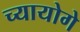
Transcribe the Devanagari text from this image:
च्यायोगे